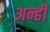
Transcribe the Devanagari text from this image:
अन्हीं